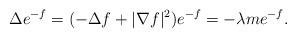
LaTeX: \begin{align*}\Delta e^{-f}=(-\Delta f + |\nabla f|^{2})e^{-f}=-\lambda m e^{-f}.\end{align*}